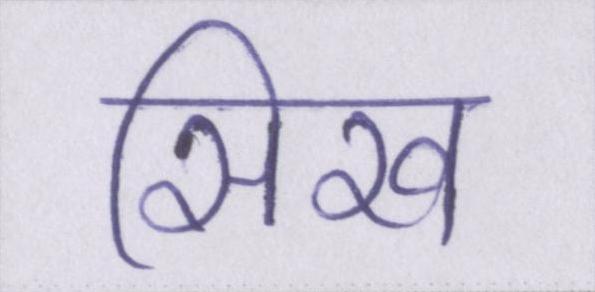
सिख